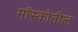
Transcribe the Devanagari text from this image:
मॉस्कोतील